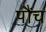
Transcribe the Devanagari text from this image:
पौंच